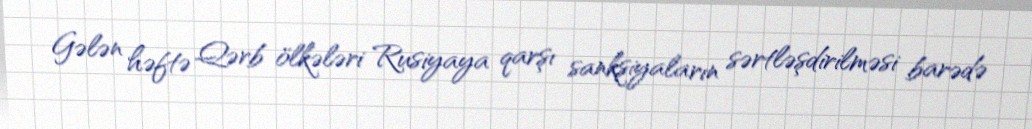
Gələn həftə Qərb ölkələri Rusiyaya qarşı sanksiyaların sərtləşdirilməsi barədə